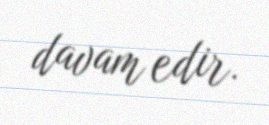
davam edir.